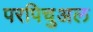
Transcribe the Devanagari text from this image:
परपिचुअल